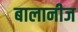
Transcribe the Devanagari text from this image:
बालानीज